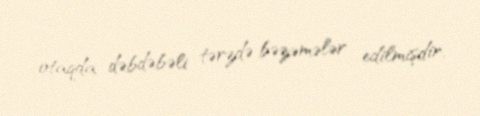
otaqda dəbdəbəli tərzdə bəzəmələr edilmişdir.